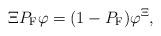
LaTeX: \begin{align*}\Xi P_{\rm F}\varphi=(1-P_{\rm F})\varphi^\Xi,\end{align*}